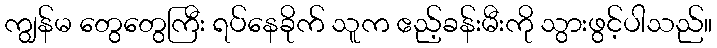
ကျွန်မ တွေတွေကြီး ရပ်နေခိုက် သူက ဧည့်ခန်းမီးကို သွားဖွင့်ပါသည်။